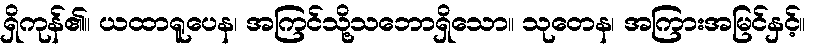
ရှိကုန်၏။ ယထာရူပေန၊ အကြင်သို့သဘောရှိသော။ သုတေန၊ အကြားအမြင်နှင့်။